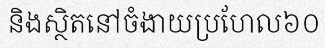
និងស្ថិតនៅចំងាយប្រហែល៦០